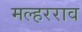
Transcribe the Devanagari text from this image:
मल्हरराव